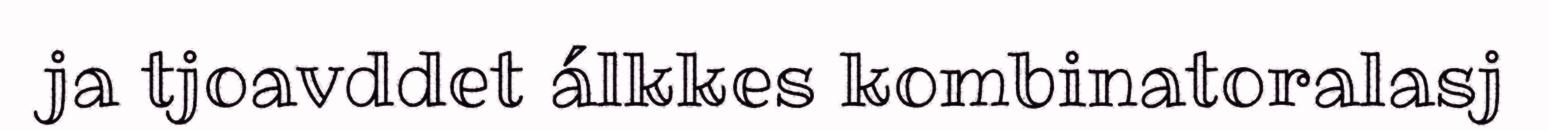
ja tjoavddet álkkes kombinatoralasj